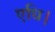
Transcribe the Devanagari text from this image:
एधि।